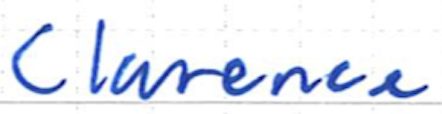
Text: Clarence
Cross-out: clean
Writing tool: ballpoint